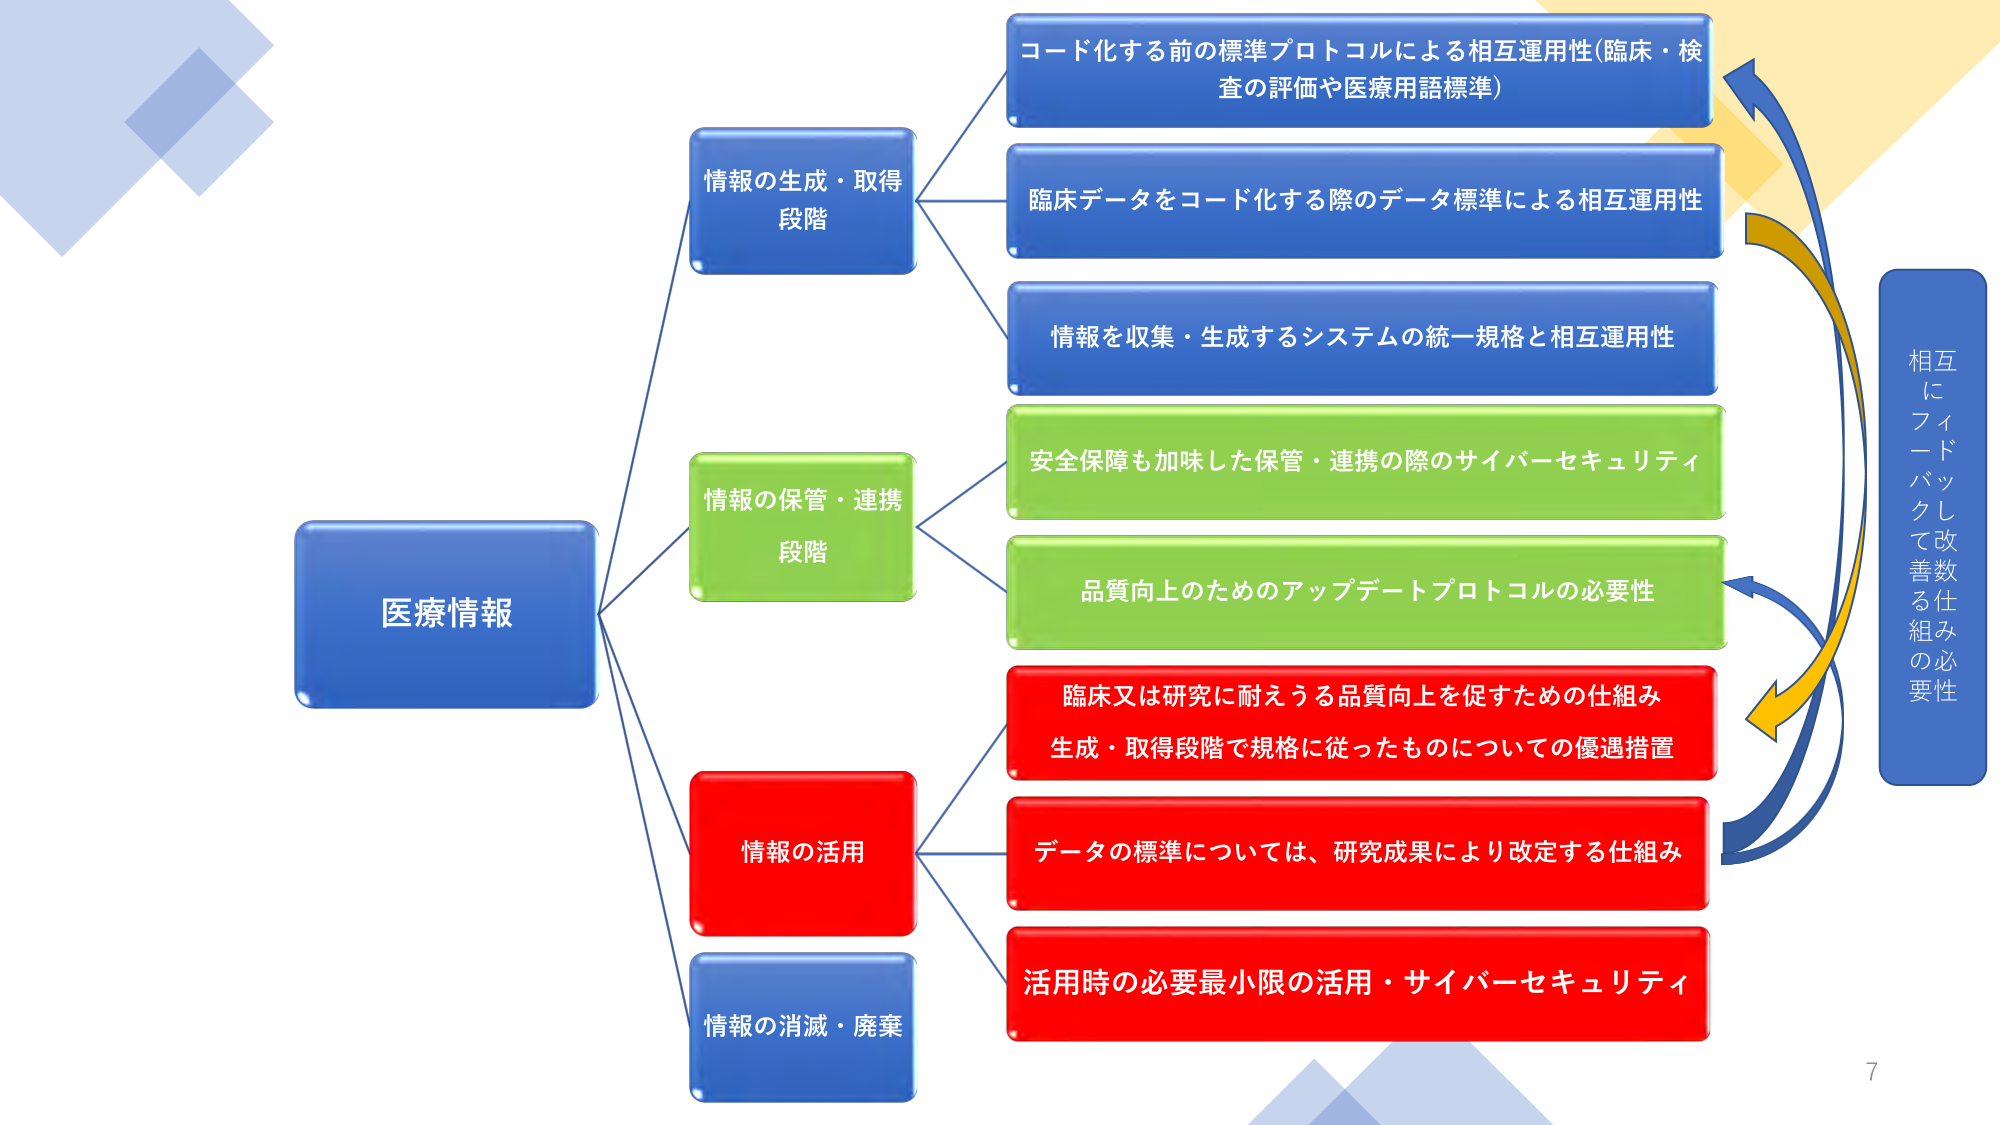
医療情報
情報の生成・取得段階
コード化する前の標準プロトコルによる相互運用性(臨床・検査の評価や医療用語標準)
臨床データをコード化する際のデータ標準による相互運用性
情報を収集・生成するシステムの統一規格と相互運用性
情報の保管・連携段階
安全保障も加味した保管・連携の際のサイバーセキュリティ
品質向上のためのアップデートプロトコルの必要性
情報の活用
臨床又は研究に耐えうる品質向上を促すための仕組み
生成・取得段階で規格に従ったものについての優遇措置
データの標準については、研究成果により改定する仕組み
活用時の必要最小限の活用・サイバーセキュリティ
情報の消滅・廃棄
相互にフィードバックして改善数る仕組みの必要性
7